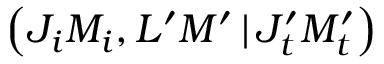
\left( J _ { i } M _ { i } , L ^ { \prime } M ^ { \prime } \, | \, J _ { t } ^ { \prime } M _ { t } ^ { \prime } \right)